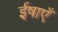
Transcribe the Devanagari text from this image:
ईषाएँ